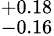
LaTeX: ^{+0.18}_{-0.16}